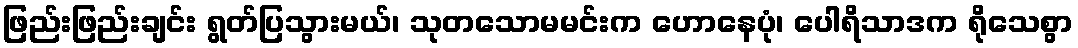
ဖြည်းဖြည်းချင်း ရွတ်ပြသွားမယ်၊ သုတသောမမင်းက ဟောနေပုံ၊ ပေါရိသာဒက ရိုသေစွာ